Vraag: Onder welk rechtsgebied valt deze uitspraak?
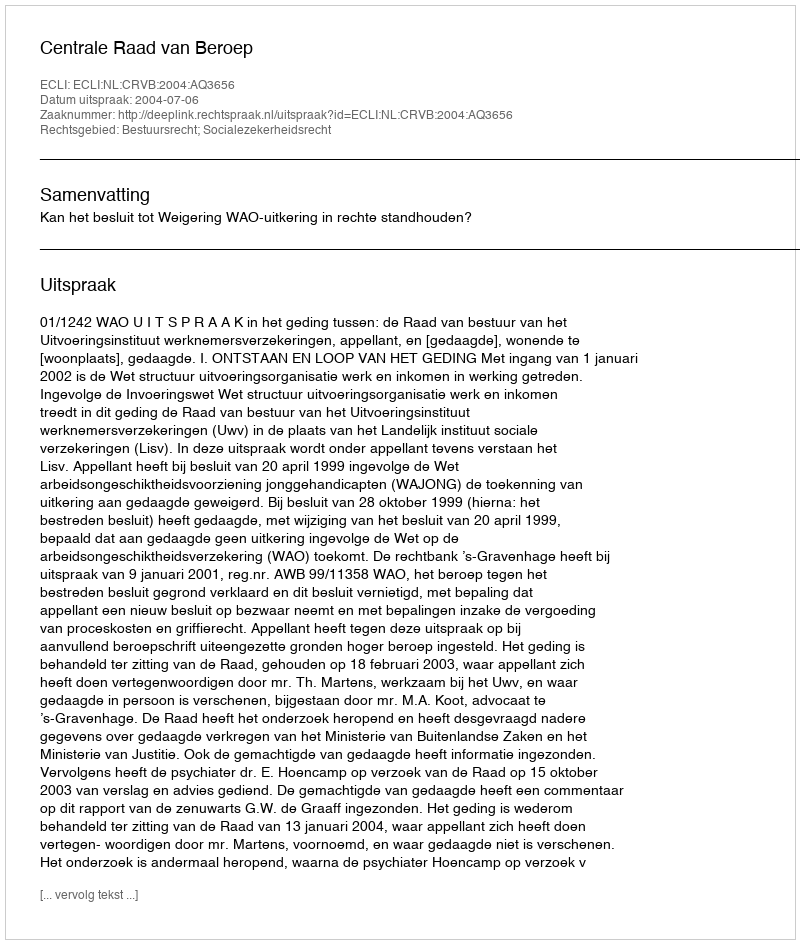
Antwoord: Bestuursrecht; Socialezekerheidsrecht